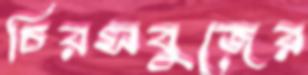
চিরসবুজের